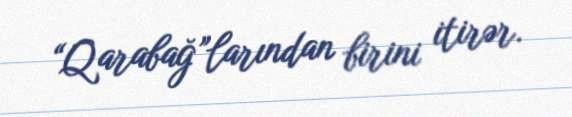
“Qarabağ”larından birini itirər.